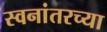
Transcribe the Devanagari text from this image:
स्वनांतरच्या